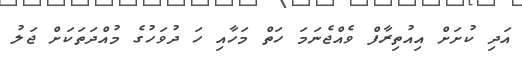
އަދި ކުށަށް އިއުތިރާފް ވެއްޖެނަމަ ހަތް މަހާއި ހަ ދުވަހުގެ މުއްދަތަކަށް ޖަލު